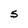
Character: S